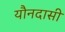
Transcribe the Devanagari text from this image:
यौनदासी